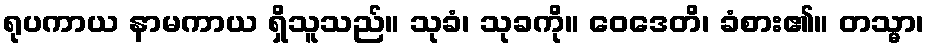
ရုပကာယ နာမကာယ ရှိသူသည်။ သုခံ၊ သုခကို။ ဝေဒေတိ၊ ခံစား၏။ တသ္မာ၊